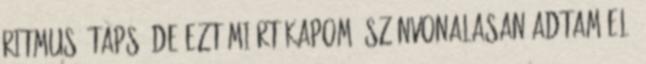
ritmusú taps. De ezt miért kapom? Színvonalasan adtam elő